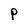
Character: P